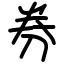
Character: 券